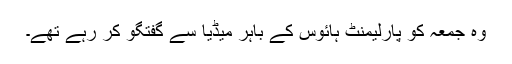
وہ جمعہ کو پارلیمنٹ ہائوس کے باہر میڈیا سے گفتگو کر رہے تھے۔